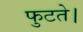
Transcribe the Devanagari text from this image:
फुटते।